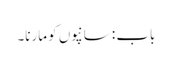
باب : سانپوں کو مارنا۔